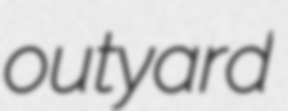
outyard